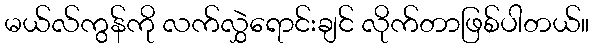
မယ်လ်ကွန်ကို လက်လွှဲရောင်းချင် လိုက်တာဖြစ်ပါတယ်။